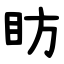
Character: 眆